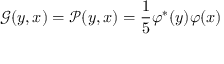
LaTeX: \mathcal G ( y , x ) = \mathcal P ( y , x ) = \frac { 1 } { 5 } \varphi ^ { * } ( y ) \varphi ( x )